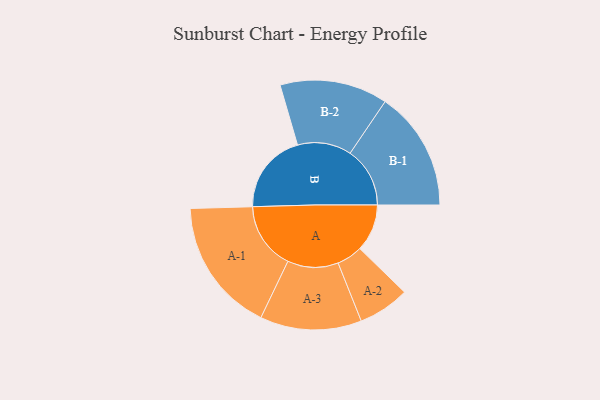
{"axis": {"x": "Segment", "y": "Value"}, "legend": ["", "A", "B"], "data": [{"x": "A", "y": 193, "type": ""}, {"x": "B", "y": 329, "type": ""}, {"x": "A-1", "y": 274, "type": "A"}, {"x": "A-2", "y": 105, "type": "A"}, {"x": "A-3", "y": 207, "type": "A"}, {"x": "B-1", "y": 244, "type": "B"}, {"x": "B-2", "y": 220, "type": "B"}]}